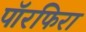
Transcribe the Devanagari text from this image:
पॉरफिरा